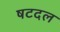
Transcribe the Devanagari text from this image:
षटदल